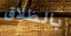
بالطلاق